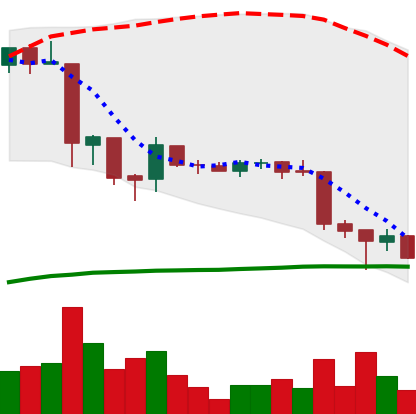
Ticker: EOS-USD
Chart end date: 2018-06-26
Forward return: 8.332%
Label: up_7plus